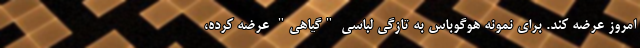
امروز عرضه کند. برای نمونه هوگوباس به تازگی لباسی "گیاهی" عرضه کرده،